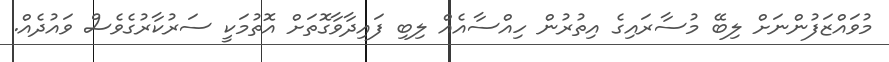
މުވައްޒަފުންނަށް ލިބޭ މުސާރައިގެ އިތުރުން ހިއްސާއެއް ލިބި ފައިދާވާގޮތަށް އޮތުމަކީ ސަރުކާރުގެވެސް ވައުދެއް.